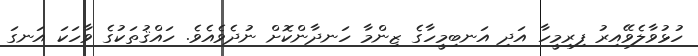
ހުޅުވާލެވޭއިރު ފިރިމީހާ އަދި އަނބިމީހާގެ ޒިންމާ ހަނދާންކޮށް ނުދެވެއެވެ. ހައްޤުތަކުގެ ވާހަކަ އަނގަ